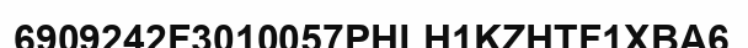
6909242F3010057PHLH1KZHTF1XBA6